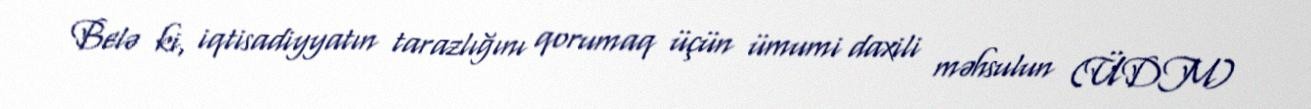
Belə ki, iqtisadiyyatın tarazlığını qorumaq üçün ümumi daxili məhsulun (ÜDM)